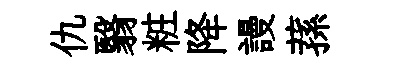
仇翳粧降謾蓀